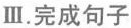
Ⅲ.完成句子